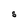
Character: S